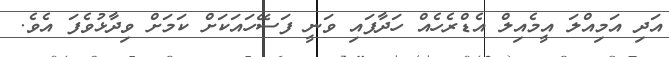
އަދި އަމިއްލަ އީމެއިލް އެޑްރެހެއް ހަދާފައި ވަނީ ފަސޭހައަކަށް ކަމަށް ވިދާޅުވެފަ އެވެ.